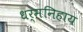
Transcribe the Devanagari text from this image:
धर्मनिहाय